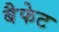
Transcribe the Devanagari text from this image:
बैफेट